Civil Veterinary Dept. Assam report 1927-50 - 1927-1950
Year: 1927
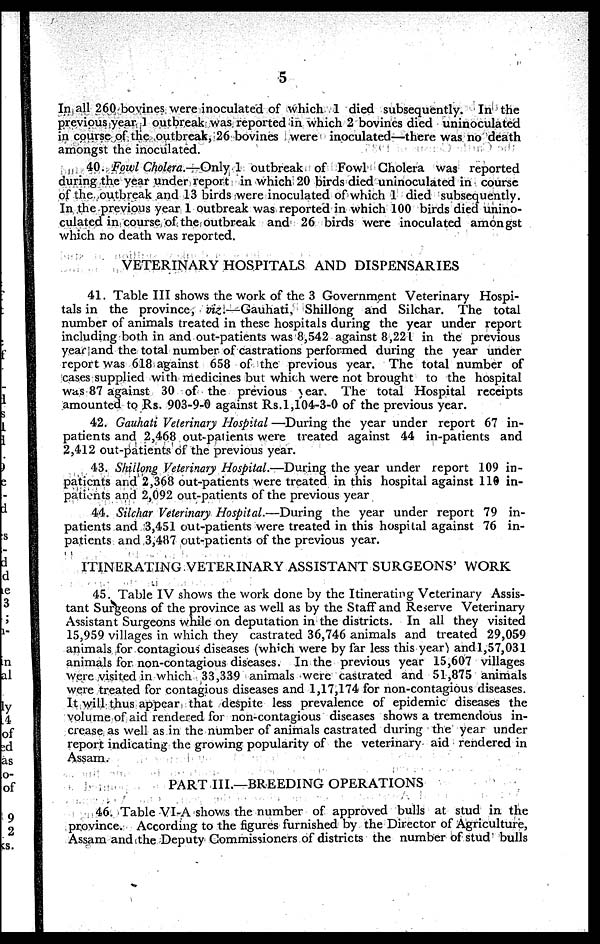
5
In all 260 bovines were inoculated of which 1 died subsequently. In the
previous year 1 outbreak was reported in which 2 bovines died uninoculated
in course of the outbreak, 26 bovines were inoculated—there was no death
amongst the inoculated.
40. Fowl Cholera.—Only 1 outbreak of Fowl Cholera was reported
during the year under report in which 20 birds died uninoculated in course
of the outbreak and 13 birds were inoculated of which 1 died subsequently.
In the previous year 1 outbreak was reported in which 100 birds died unino-
culated in course of the outbreak and 26 birds were inoculated amongst
which no death was reported.
VETERINARY HOSPITALS AND DISPENSARIES
41. Table III shows the work of the 3 Government Veterinary Hospi-
tals in the province, viz.—Gauhati,
Shillong and Silchar. The total
number of animals treated in these hospitals during the year under report
including both in and out-patients was 8,542 against 8,221 in the previous
year and the total number of castrations performed during the year under
report was 618 against 658 of the previous year. The total number of
cases supplied with medicines but which were not brought to the hospital
was 87 against 30 of the previous year. The total Hospital receipts
amounted to Rs. 903-9-0 against Rs.1,104-3-0 of the previous year.
42. Gauhati Veterinary Hospital —During the year under report 67 in-
patients and 2,468 out-patients were treated against 44 in-patients and
2,412 out-patients of the previous year.
43. Shillong Veterinary Hospital.—During the year under report 109 in-
patients and 2,368 out-patients were treated in this hospital against 110 in-
patients and 2,092 out-patients of the previous year
44. Silchar Veterinary Hospital.—During the year under report 79 in-
patients and 3,451 out-patients were treated in this hospital against 76 in-
patients and 3,487 out-patients of the previous year.
ITINERATING VETERINARY ASSISTANT SURGEONS' WORK
45. Table IV shows the work done by the Itinerating Veterinary Assis-
tant Surgeons of the province as well as by the Staff and Reserve Veterinary
Assistant Surgeons while on deputation in the districts. In all they visited
15,959 villages in which they castrated 36,746 animals and treated 29,059
animals for contagious diseases (which were by far less this year and1,57,031
animals for non-contagious diseases. In the previous year 15,607 villages
were visited in which 33,339 animals were castrated and 51,875 animals
were treated for contagious diseases and 1,17,174 for non-contagious diseases.
It will thus appear that despite less prevalence of epidemic diseases the
volume of aid rendered for non-contagious diseases shows a tremendous in-
crease as well as in the number of animals castrated during the year under
report indicating the growing popularity of the veterinary aid rendered in
Assam.
PART III.—BREEDING OPERATIONS
46. Table VI-A shows the number of approved bulls at stud in the
province. According to the figures furnished by the Director of Agriculture,
Assam and the Deputy Commissioners of districts the number of stud bulls